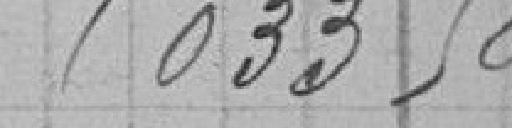
5 033,50